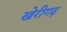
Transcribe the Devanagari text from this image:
खेरीगढ़